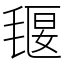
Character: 𣯄